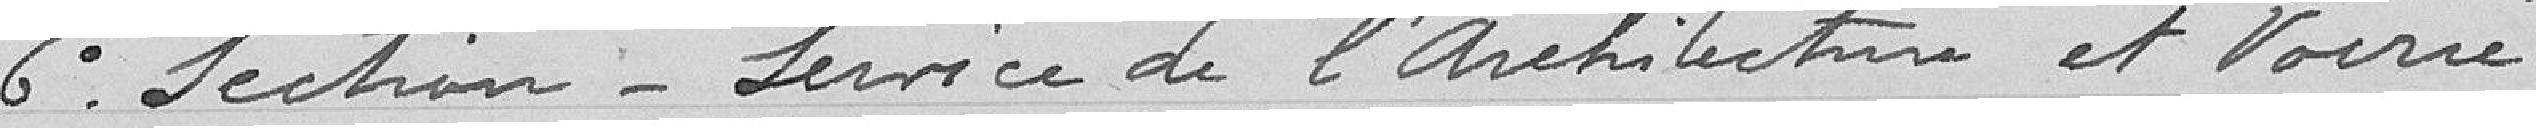
6° Section Service de l'Architecture et Voirie